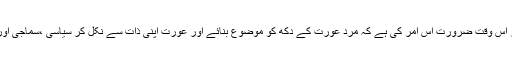
یوں تو اردو افسانے میں سماجی حقیقت نگاری کا رنگ شاعری کی نسبت زیادہ گہرا ہی رہا ہے مگر اس وقت ضرورت اس امر کی ہے کہ مرد عورت کے دکھ کو موضوع بنائے اور عورت اپنی ذات سے نکل کر سیاسی ،سماجی اور عصری حقائق کو اپنی کہانیوں میں پیش کرے تاکہ معاشرہ اپنے بگڑے توازن کو بحال کر سکے ۔